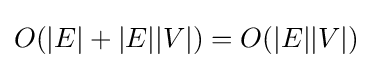
O(|E|+|E||V|)=O(|E||V|)